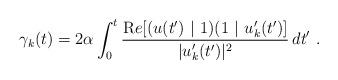
LaTeX: \begin{align*}\gamma_k (t)=2\alpha \int _0^t\frac{{\mathrm Re} [(u(t')\ |\ 1)(1\ |\ u'_k (t')]}{| u'_k (t')| ^2}\, dt'\ .\end{align*}